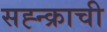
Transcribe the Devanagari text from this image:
सह्न्क्राची